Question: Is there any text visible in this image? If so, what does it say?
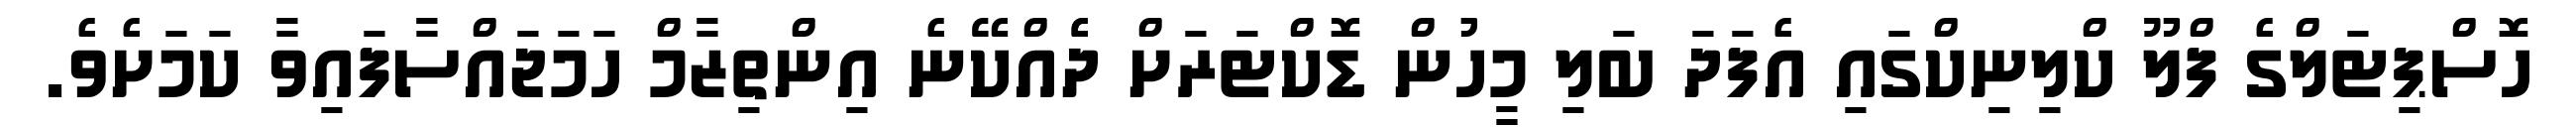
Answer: ހޮސްޕިޓަލްގެ ފްލޫ ކްލިނިކްގައި އެފަދަ ބަލި މީހުން ޑޮކްޓަރަށް ދެެއްކޭނެ އިންތިޒާމް ހަމަޖައްސާފައިވާ ކަމަށެވެ.